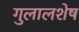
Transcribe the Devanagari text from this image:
गुलालशेष